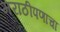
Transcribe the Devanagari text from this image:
मराठीपणाचा